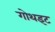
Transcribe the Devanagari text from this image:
गोथइट